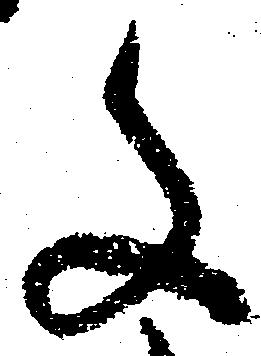
文